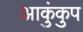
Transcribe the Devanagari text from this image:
आकुंकुप